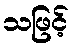
သဖြင့်